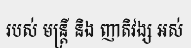
របស់ មន្ត្រី និង ញាតិវង្ស អស់